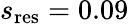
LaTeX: s_{\mathrm{res}}=0.09